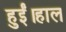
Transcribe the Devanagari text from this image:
हुईं।हाल